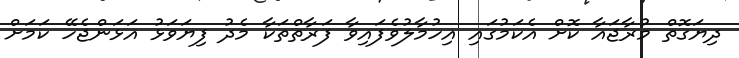
ދިޔަގޮތް މުރާޖައާ ކޮށް އެކަމުގައި އިހުމާލުވެފައިވާ ފަރާތްތަކާ މެދު ފިޔަވަޅު އަޅަންޖެހޭ ކަމަށް